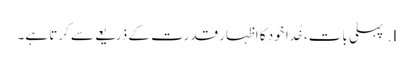
I.	پہلی بات، خُدا خود کا اِظہار قدرت کے ذریعے سے کرتا ہے۔